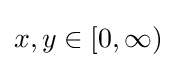
x,y\in [0,\infty )